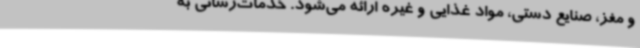
و مغز، صنایع دستی، مواد غذایی و غیره ارائه می‌شود. خدمات‌رسانی به